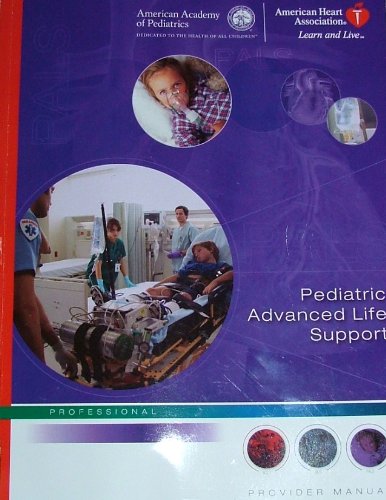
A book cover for Pediatric Advanced Life Support Provider Manual (2006 publication); Health, Fitness & Dieting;